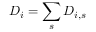
D _ { i } = \sum _ { s } D _ { i , s }